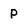
Character: P